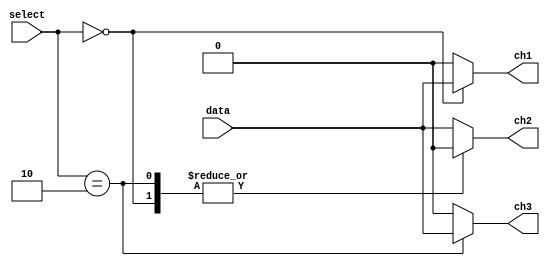
`timescale 1ns / 1ps

module demux_1x3
(
input wire data,
input wire [1:0] select,
output reg ch1,
output reg ch2,
output reg ch3
);
always @*
    begin
        case(select)
            2'b00:
            begin
                ch1 = data;
                ch2 = 1'b0;
                ch3 = 1'b0;
            end
            2'b01:
            begin
                ch1 = 1'b0;
                ch2 = data;
                ch3 = 1'b0;
            end
            2'b10:
            begin
                ch1 = 1'b0;
                ch2 = 1'b0;
                ch3 = data;
            end
            default:
            begin
                ch1 = 1'b0;
                ch2 = data;
                ch3 = 1'b0;
            end
        endcase
    end
endmodule